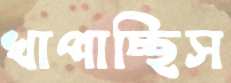
খাপাচ্ছিস